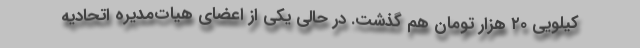
کیلویی ۲۰ هزار تومان هم گذشت. در حالی یکی از اعضای هیات‌مدیره اتحادیه